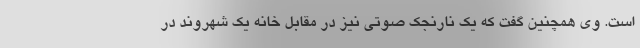
است. وی همچنین گفت که یک نارنجک صوتی نیز در مقابل خانه یک شهروند در